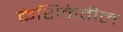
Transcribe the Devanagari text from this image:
केशिकेतील